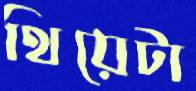
থিয়েটা